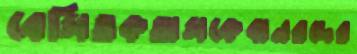
বেসিতকতাসকেবানরদের